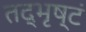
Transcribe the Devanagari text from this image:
तद्भृष्टं